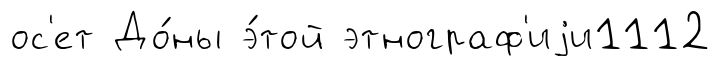
ос'ет До́ны э́той этнограф'иjи1112